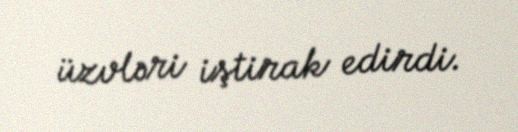
üzvləri iştirak edirdi.